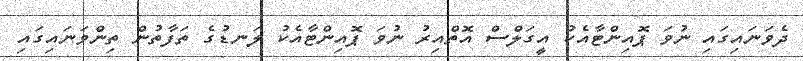
ދެވަނައިގައި ނުވަ ޕޮއިންޓާއެކު އީގަލްސް އޮތްއިރު ނުވަ ޕޮއިންޓާއެކު ލަނޑުގެ ތަފާތުން ތިންވަނައިގައި